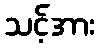
သင့်အား